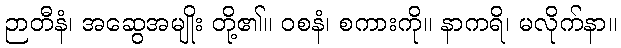
ဉာတီနံ၊ အဆွေအမျိုး တို့၏။ ဝစနံ၊ စကားကို။ နာကရိ၊ မလိုက်နာ။